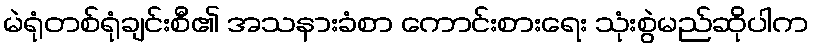
မဲရုံတစ်ရုံချင်းစီ၏ အသနားခံစာ ကောင်းစားရေး သုံးစွဲမည်ဆိုပါက